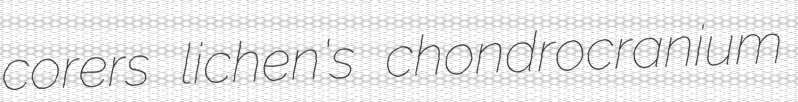
corers lichen's chondrocranium